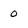
Character: 0